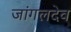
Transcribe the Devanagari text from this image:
जांगलदेव